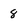
Character: 8